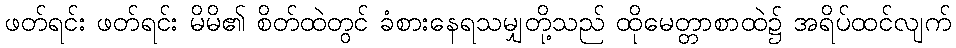
ဖတ်ရင်း ဖတ်ရင်း မိမိ၏ စိတ်ထဲတွင် ခံစားနေရသမျှတို့သည် ထိုမေတ္တာစာထဲ၌ အရိပ်ထင်လျက်